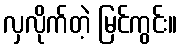
လှလိုက်တဲ့ မြင်ကွင်း။